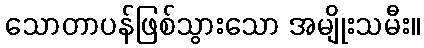
သောတာပန်ဖြစ်သွားသော အမျိုးသမီး။